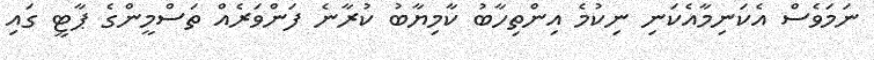
ނަމަވެސް އެކަނިމާއެކަނި ނިކުމެ އިންތިހާބު ކާމިޔާބު ކުރާނެ ފަންވަރެއް ތަސްމީންގެ ޕާޓީ ގައި